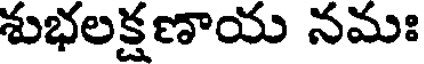
శుభలక్షణాయ నమః